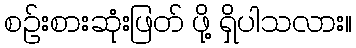
စဉ်းစားဆုံးဖြတ် ဖို့ ရှိပါသလား။